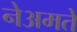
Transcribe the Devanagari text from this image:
नेअमतेें